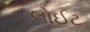
લોઈટ